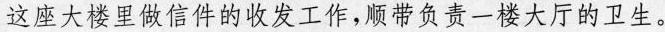
这座大楼里做信件的收发工作，顺带负责一楼大厅的卫生。